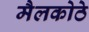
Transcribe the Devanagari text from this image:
मैलकोठे